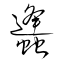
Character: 蠭